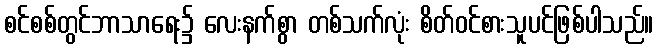
စင်စစ်တွင်ဘာသာရေး၌ လေးနက်စွာ တစ်သက်လုံး စိတ်ဝင်စားသူပင်ဖြစ်ပါသည်။